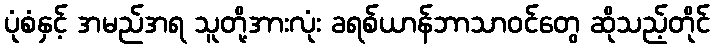
ပုံစံနှင့် အမည်အရ သူတို့အားလုံး ခရစ်ယာန်ဘာသာဝင်တွေ ဆိုသည့်တိုင်